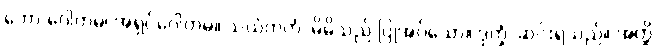
ဘော ဂေါတမ၊ အရှင်ဂေါတမ။ သယံကတံ၊ မိမိသည် ပြုအပ်သော။ ဒုက္ခံ၊ ဆင်းရဲသည်။ အတ္ထိ